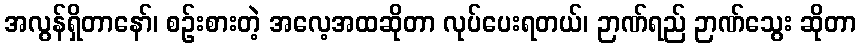
အလွန်ရှိတာနော်၊ စဉ်းစားတဲ့ အလေ့အထဆိုတာ လုပ်ပေးရတယ်၊ ဉာဏ်ရည် ဉာဏ်သွေး ဆိုတာ